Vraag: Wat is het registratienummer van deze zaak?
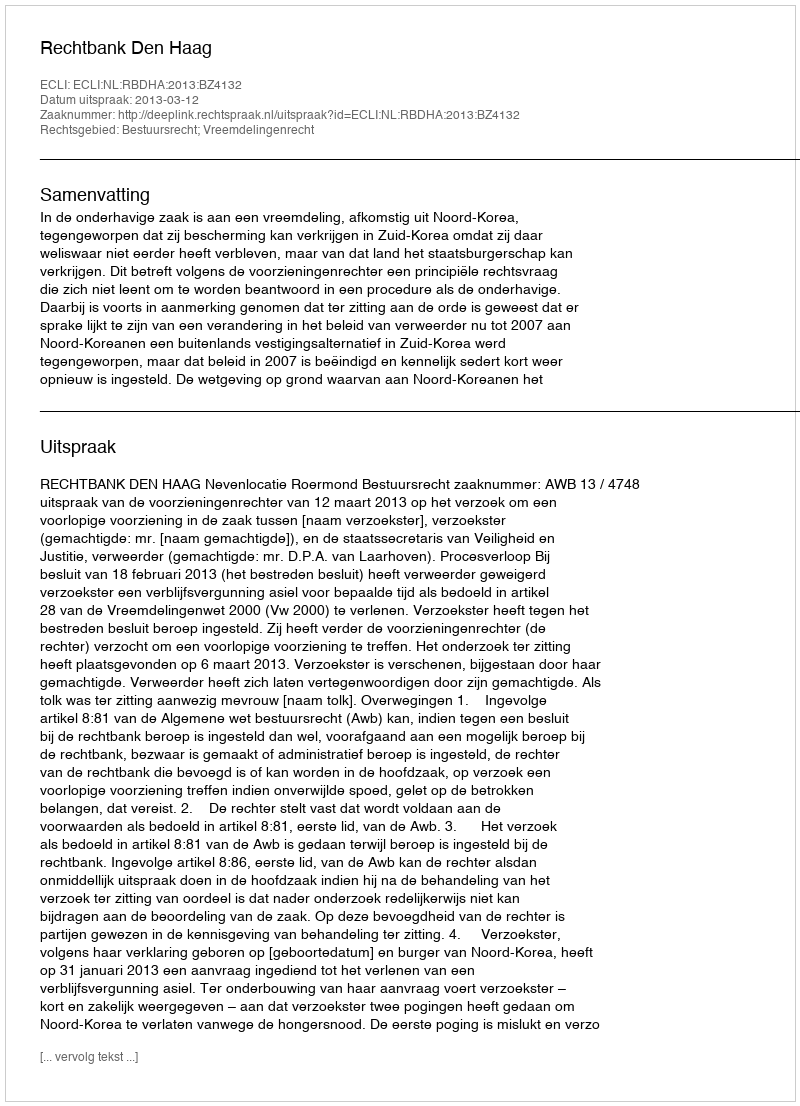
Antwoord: http://deeplink.rechtspraak.nl/uitspraak?id=ECLI:NL:RBDHA:2013:BZ4132